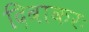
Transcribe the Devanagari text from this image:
दिवाकरः